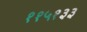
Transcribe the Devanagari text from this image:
११५१३३